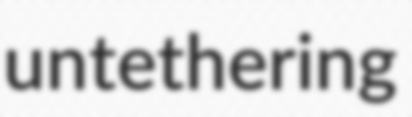
untethering